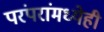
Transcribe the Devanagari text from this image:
परंपरांमध्येही